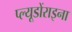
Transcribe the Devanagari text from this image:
प्ल्यूडोंराइना